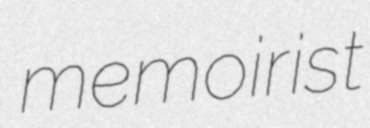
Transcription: memoirist